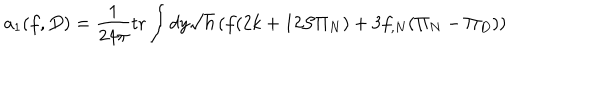
a _ { 1 } ( f , D ) = \frac 1 { 2 4 \pi } \mathrm { t r } \int d y \sqrt { h } \left( f ( 2 k + 1 2 { \cal S } \Pi _ { N } ) + 3 f _ { , N } ( \Pi _ { N } - \Pi _ { D } ) \right)